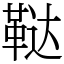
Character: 鞑